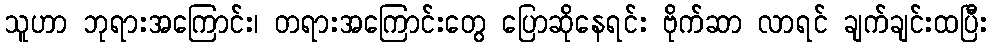
သူဟာ ဘုရားအကြောင်း၊ တရားအကြောင်းတွေ ပြောဆိုနေရင်း ဗိုက်ဆာ လာရင် ချက်ချင်းထပြီး